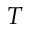
T